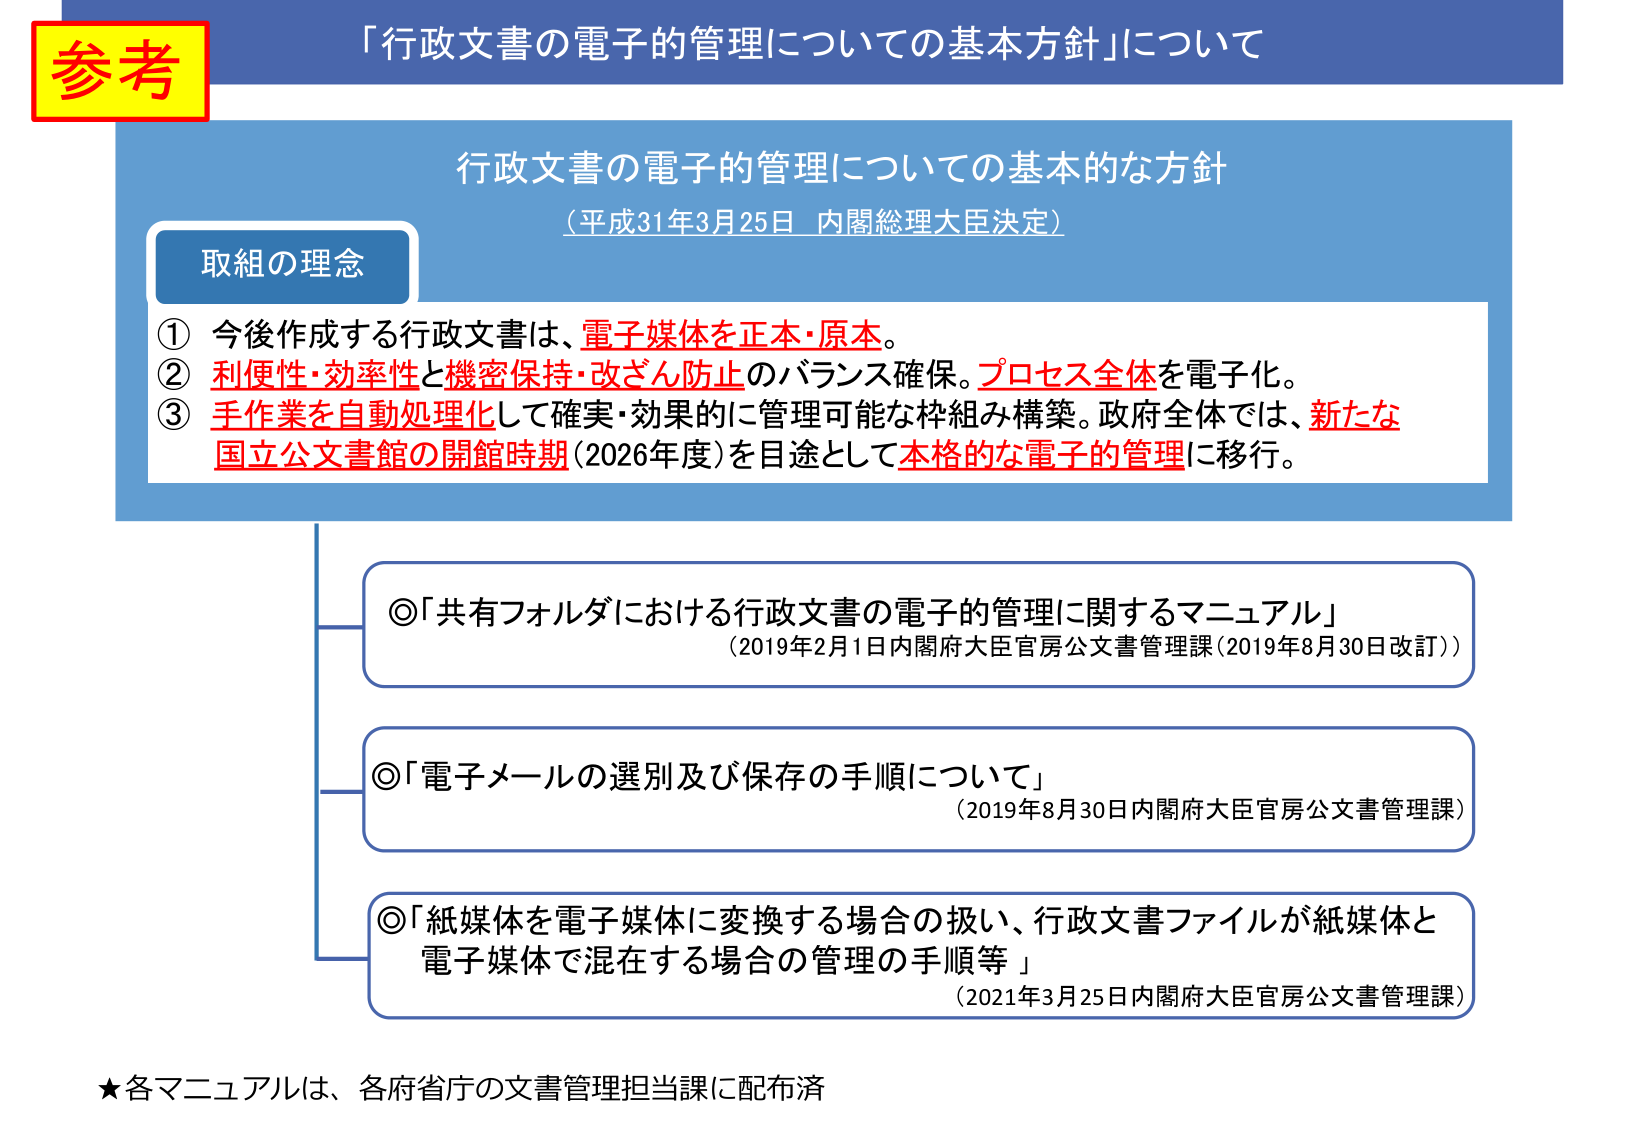
参考
「行政文書の電子的管理についての基本方針」について

行政文書の電子的管理についての基本的な方針
（平成31年3月25日 内閣総理大臣決定）

取組の理念
① 今後作成する行政文書は、電子媒体を正本・原本。
② 利便性・効率性と機密保持・改ざん防止のバランス確保。プロセス全体を電子化。
③ 手作業を自動処理化して確実・効果的に管理可能な枠組み構築。政府全体では、新たな国立公文書館の開館時期（2026年度）を目途として本格的な電子的管理に移行。

◎「共有フォルダにおける行政文書の電子的管理に関するマニュアル」
（2019年2月1日内閣府大臣官房公文書管理課（2019年8月30日改訂））

◎「電子メールの選別及び保存の手順について」
（2019年8月30日内閣府大臣官房公文書管理課）

◎「紙媒体を電子媒体に変換する場合の扱い、行政文書ファイルが紙媒体と電子媒体で混在する場合の管理の手順等」
（2021年3月25日内閣府大臣官房公文書管理課）

★各マニュアルは、各府省庁の文書管理担当課に配布済